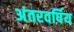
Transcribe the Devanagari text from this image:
अंतरवर्षिय